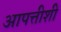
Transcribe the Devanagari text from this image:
आपत्तीशी